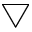
\bigtriangledown